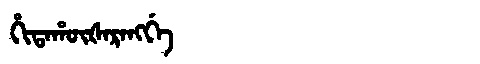
Manchu: ᡥᡳᡨᠠᡥᡡᡧᠠᡵᠠᠩᡤᡝ
Romanization: HITAHŪŠARANGGE